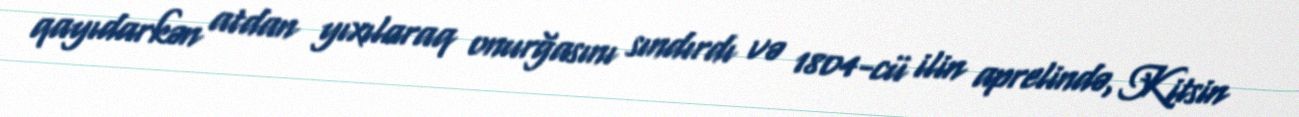
qayıdarkən atdan yıxılaraq onurğasını sındırdı və 1804-cü ilin aprelində, Kitsin